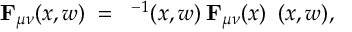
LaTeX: { \bf F } _ { \mu \nu } ( x , w ) \; = \; { \bf \Phi } ^ { - 1 } ( x , w ) \: { \bf F } _ { \mu \nu } ( x ) \: { \bf \Phi } ( x , w ) ,